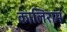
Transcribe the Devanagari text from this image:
कालिराम